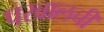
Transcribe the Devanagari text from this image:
पखालची